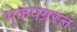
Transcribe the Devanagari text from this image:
भूकंपग्रस्त